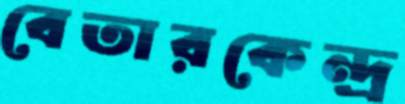
বেতারকেন্দ্র